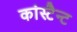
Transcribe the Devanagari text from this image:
कांस्टैन्ट